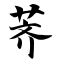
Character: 荠